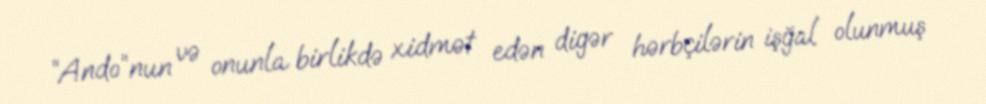
“Ando”nun və onunla birlikdə xidmət edən digər hərbçilərin işğal olunmuş